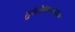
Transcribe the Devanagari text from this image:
तुर्कमेनिस्तानवर